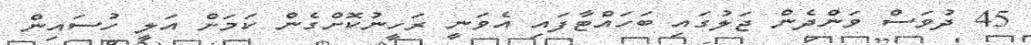
45 ދުވަސް ވަންދެން ޖަލުގައި ބަހައްޓާފައި އެވަނީ ރަހީނުކޮށްގެން ކަމަށް އަލީ ހުސައިން